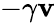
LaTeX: -\gamma\mathbf{v}